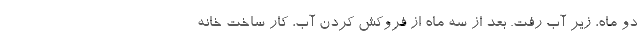
دو ماه، زیر آب رفت. بعد از سه ماه از فروکش کردن آب، کار ساخت خانه